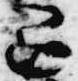
退